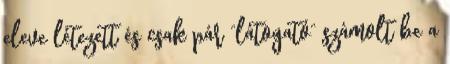
eleve létezett és csak pár “látogató” számolt be a